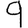
Digit: 9